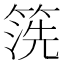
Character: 箲